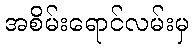
အစိမ်းရောင်လမ်းမှ